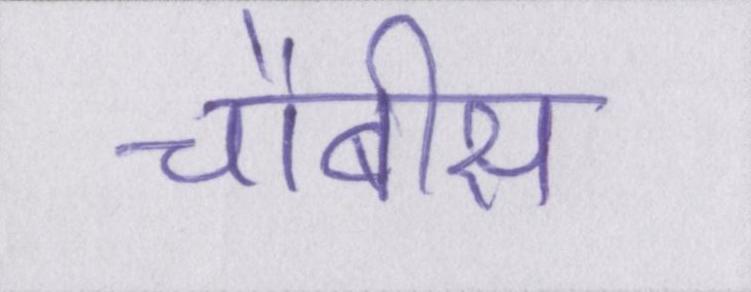
चौबीस